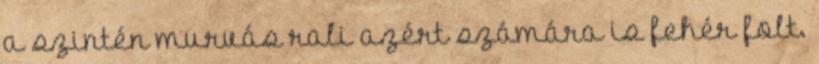
a szintén murvás rali azért számára is fehér folt.